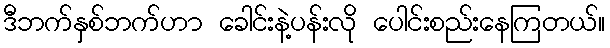
ဒီဘက်နှစ်ဘက်ဟာ ခေါင်းနဲ့ပန်းလို ပေါင်းစည်းနေကြတယ်။